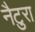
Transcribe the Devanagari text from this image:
नैटुरा